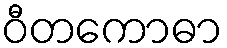
ဝီတကောဓာ